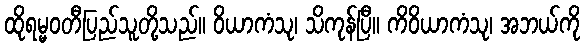
ထိုရမ္မဝတီပြည်သူတို့သည်။ ဝိယာကံသု၊ သိကုန်ပြီ။ ကိဝိယာကံသု၊ အဘယ်ကို